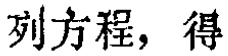
列方程，得